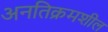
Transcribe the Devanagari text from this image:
अनतिक्रमशील